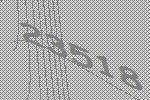
23518